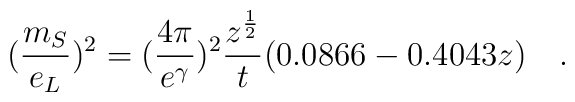
(\frac{m_{S}}{e_{L}})^{2}=(\frac{4\pi }{e^{\gamma}})^{2}\frac{z^{\frac{1}{2}}}{t}(0.0866-0.4043z)\quad .